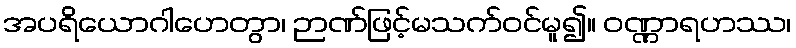
အပရိယောဂါဟေတွာ၊ ဉာဏ်ဖြင့်မသက်ဝင်မူ၍။ ဝဏ္ဏာရဟဿ၊